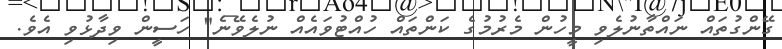
ގޭންގުތައް ނައްތާނުލެވި މީހުން މެރުމުގެ ކަންތައް ހުއްޓުވައެއް ނުލެވޭނެ" ހަސީން ވިދާޅުވި އެވެ.